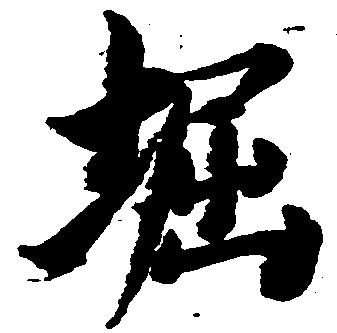
堀